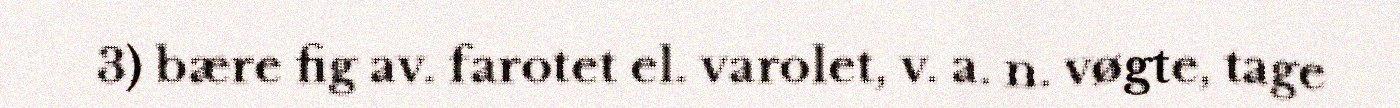
3) bære fig av. farotet el. varolet, v. a. n. vøgte, tage